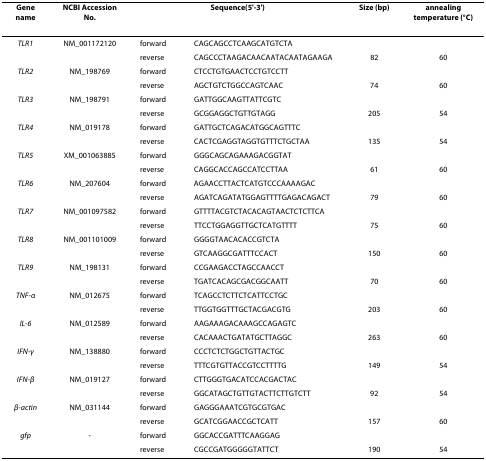
<table><thead><tr><td><b>Gene name</b></td><td><b>NCBI Accession No.</b></td><td colspan="2"><b>Sequence(5&#x27;-3&#x27;)</b></td><td><b>Size (bp)</b></td><td><b>annealing temperature (°C)</b></td></tr></thead><tbody><tr><td><i>TLR1</i></td><td>NM_001172120</td><td>forward</td><td>CAGCAGCCTCAAGCATGTCTA</td><td></td><td></td></tr><tr><td></td><td></td><td>reverse</td><td>CAGCCCTAAGACAACAATACAATAGAAGA</td><td>82</td><td>60</td></tr><tr><td><i>TLR2</i></td><td>NM_198769</td><td>forward</td><td>CTCCTGTGAACTCCTGTCCTT</td><td></td><td></td></tr><tr><td></td><td></td><td>reverse</td><td>AGCTGTCTGGCCAGTCAAC</td><td>74</td><td>60</td></tr><tr><td><i>TLR3</i></td><td>NM_198791</td><td>forward</td><td>GATTGGCAAGTTATTCGTC</td><td></td><td></td></tr><tr><td></td><td></td><td>reverse</td><td>GCGGAGGCTGTTGTAGG</td><td>205</td><td>54</td></tr><tr><td><i>TLR4</i></td><td>NM_019178</td><td>forward</td><td>GATTGCTCAGACATGGCAGTTTC</td><td></td><td></td></tr><tr><td></td><td></td><td>reverse</td><td>CACTCGAGGTAGGTGTTTCTGCTAA</td><td>135</td><td>54</td></tr><tr><td><i>TLR5</i></td><td>XM_001063885</td><td>forward</td><td>GGGCAGCAGAAAGACGGTAT</td><td></td><td></td></tr><tr><td></td><td></td><td>reverse</td><td>CAGGCACCAGCCATCCTTAA</td><td>61</td><td>60</td></tr><tr><td><i>TLR6</i></td><td>NM_207604</td><td>forward</td><td>AGAACCTTACTCATGTCCCAAAAGAC</td><td></td><td></td></tr><tr><td></td><td></td><td>reverse</td><td>AGATCAGATATGGAGTTTTGAGACAGACT</td><td>79</td><td>60</td></tr><tr><td><i>TLR7</i></td><td>NM_001097582</td><td>forward</td><td>GTTTTACGTCTACACAGTAACTCTCTTCA</td><td></td><td></td></tr><tr><td></td><td></td><td>reverse</td><td>TTCCTGGAGGTTGCTCATGTTTT</td><td>75</td><td>60</td></tr><tr><td><i>TLR8</i></td><td>NM_001101009</td><td>forward</td><td>GGGGTAACACACCGTCTA</td><td></td><td></td></tr><tr><td></td><td></td><td>reverse</td><td>GTCAAGGCGATTTCCACT</td><td>150</td><td>60</td></tr><tr><td><i>TLR9</i></td><td>NM_198131</td><td>forward</td><td>CCGAAGACCTAGCCAACCT</td><td></td><td></td></tr><tr><td></td><td></td><td>reverse</td><td>TGATCACAGCGACGGCAATT</td><td>70</td><td>60</td></tr><tr><td><i>TNF-α</i></td><td>NM_012675</td><td>forward</td><td>TCAGCCTCTTCTCATTCCTGC</td><td></td><td></td></tr><tr><td></td><td></td><td>reverse</td><td>TTGGTGGTTTGCTACGACGTG</td><td>203</td><td>60</td></tr><tr><td><i>IL-6</i></td><td>NM_012589</td><td>forward</td><td>AAGAAAGACAAAGCCAGAGTC</td><td></td><td></td></tr><tr><td></td><td></td><td>reverse</td><td>CACAAACTGATATGCTTAGGC</td><td>263</td><td>60</td></tr><tr><td><i>IFN-γ</i></td><td>NM_138880</td><td>forward</td><td>CCCTCTCTGGCTGTTACTGC</td><td></td><td></td></tr><tr><td></td><td></td><td>reverse</td><td>TTTCGTGTTACCGTCCTTTTG</td><td>149</td><td>54</td></tr><tr><td><i>IFN-β</i></td><td>NM_019127</td><td>forward</td><td>CTTGGGTGACATCCACGACTAC</td><td></td><td></td></tr><tr><td></td><td></td><td>reverse</td><td>GGCATAGCTGTTGTACTTCTTGTCTT</td><td>92</td><td>54</td></tr><tr><td><i>β-actin</i></td><td>NM_031144</td><td>forward</td><td>GAGGGAAATCGTGCGTGAC</td><td></td><td></td></tr><tr><td></td><td></td><td>reverse</td><td>GCATCGGAACCGCTCATT</td><td>157</td><td>60</td></tr><tr><td><i>gfp</i></td><td>-</td><td>forward</td><td>GGCACCGATTTCAAGGAG</td><td></td><td></td></tr><tr><td></td><td></td><td>reverse</td><td>CGCCGATGGGGGTATTCT</td><td>190</td><td>54</td></tr></tbody></table>